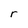
Character: r